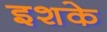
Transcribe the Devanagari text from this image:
इशके